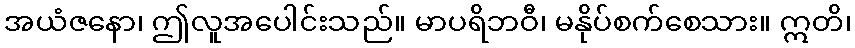
အယံဇနော၊ ဤလူအပေါင်းသည်။ မာပရိဘဝီ၊ မနိုပ်စက်စေသား။ ဣတိ၊